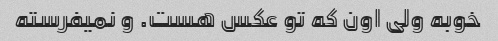
خوبه ولی اون که تو عکس هست. و نمیفرسته